Indian journal of veterinary science and animal husbandry - Volume 3,
Year: 1933
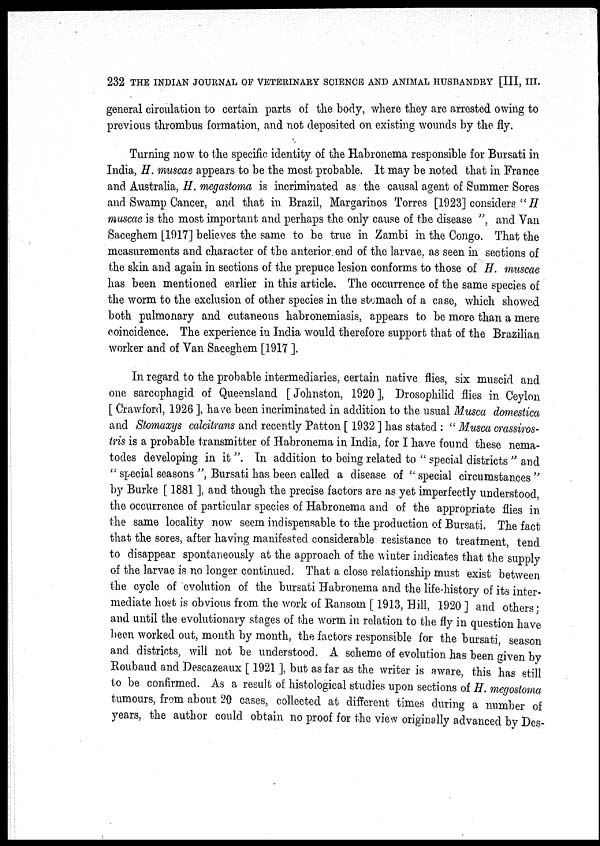
232 THE INDIAN JOURNAL OF VETERINARY SCIENCE AND ANIMAL HUSBANDRY [III, III.
general circulation to certain parts of the body, where they are arrested owing to
previous thrombus formation, and not deposited on existing wounds by the fly.
Turning now to the specific identity of the Habronema responsible for Bursati in
India, H. muscae appears to be the most probable. It may be noted that in France
and Australia, H. megastoma is incriminated as the causal agent of Summer Sores
and Swamp Cancer, and that in Brazil, Margarinos Torres [1923] considers " H
muscae is the most important and perhaps the only cause of the disease ", and Van
Saceghem [1917] believes the same to be true in Zambi in the Congo. That the
measurements and character of the anterior end of the larvae, as seen in sections of
the skin and again in sections of the prepuce lesion conforms to those of H. muscae
has been mentioned earlier in this article. The occurrence of the same species of
the worm to the exclusion of other species in the stomach of a case, which showed
both pulmonary and cutaneous habronemiasis, appears to be more than a mere
coincidence. The experience in India would therefore support that of the Brazilian
worker and of Van Saceghem [1917 ].
In regard to the probable intermediaries, certain native flies, six muscid and
one sarcophagid of Queensland [Johnston, 1920], Drosophilid flies in Ceylon
[ Crawford, 1926 ], have been incriminated in addition to the usual Musca domestica
and Stomaxys calcitrans and recently Patton [ 1932 ] has stated : " Musca crassiros-
tris is a probable transmitter of Habronema in India, for I have found these nema-
todes developing in it ". In addition to being related to " special districts " and
" special seasons ", Bursati has been called a disease of ''special circumstances"
by Burke [ 1881 ], and though the precise factors are as yet imperfectly understood,
the occurrence of particular species of Habronema and of the appropriate flies in
the same locality now seem indispensable to the production of Bursati. The fact
that the sores, after having manifested considerable resistance to treatment, tend
to disappear spontaneously at the approach of the winter indicates that the supply
of the larvae is no longer continued. That a close relationship must exist between
the cycle of evolution of the bursati Habronema and the life-history of its inter-
mediate host is obvious from the work of Ransom [1913, Hill, 1920 ] and others:
and until the evolutionary stages of the worm in relation to the fly in question have
been worked out, month by month, the factors responsible for the bursati, season
and districts, will not be understood. A scheme of evolution has been given by
Roubaud and Descazeaux [ 1921 ], but as far as the writer is aware, this has still
to be confirmed. As a result of histological studies upon sections of H. megostoma
tumours, from about 20 cases, collected at different times during a number of
years, the author could obtain no proof for the view originally advanced by Des-